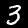
Label: 3